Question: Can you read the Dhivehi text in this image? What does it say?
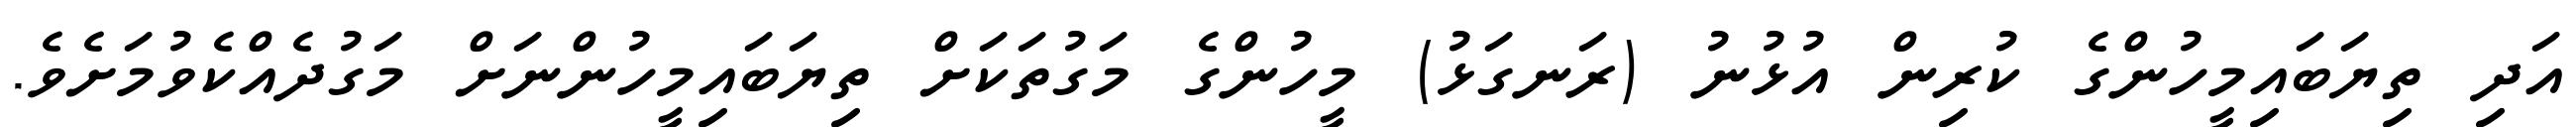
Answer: އަދި ތިޔަބައިމީހުންގެ ކުރިން އުޅުނު (ރަނގަޅު) މީހުންގެ މަގުތަކަށް ތިޔަބައިމީހުންނަށް މަގުދެއްކެވުމަށެވެ.